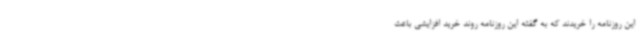
این روزنامه را خریدند که به گفته این روزنامه روند خرید افزایشی باعث